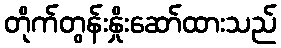
တိုက်တွန်းနှိုးဆော်ထားသည်